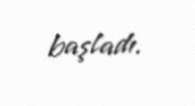
başladı.